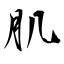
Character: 肌